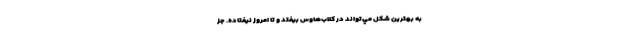
به بهترين شكل مي‌تواند در كلاب‌هاوس بيفتد و تا امروز نيفتاده. جز